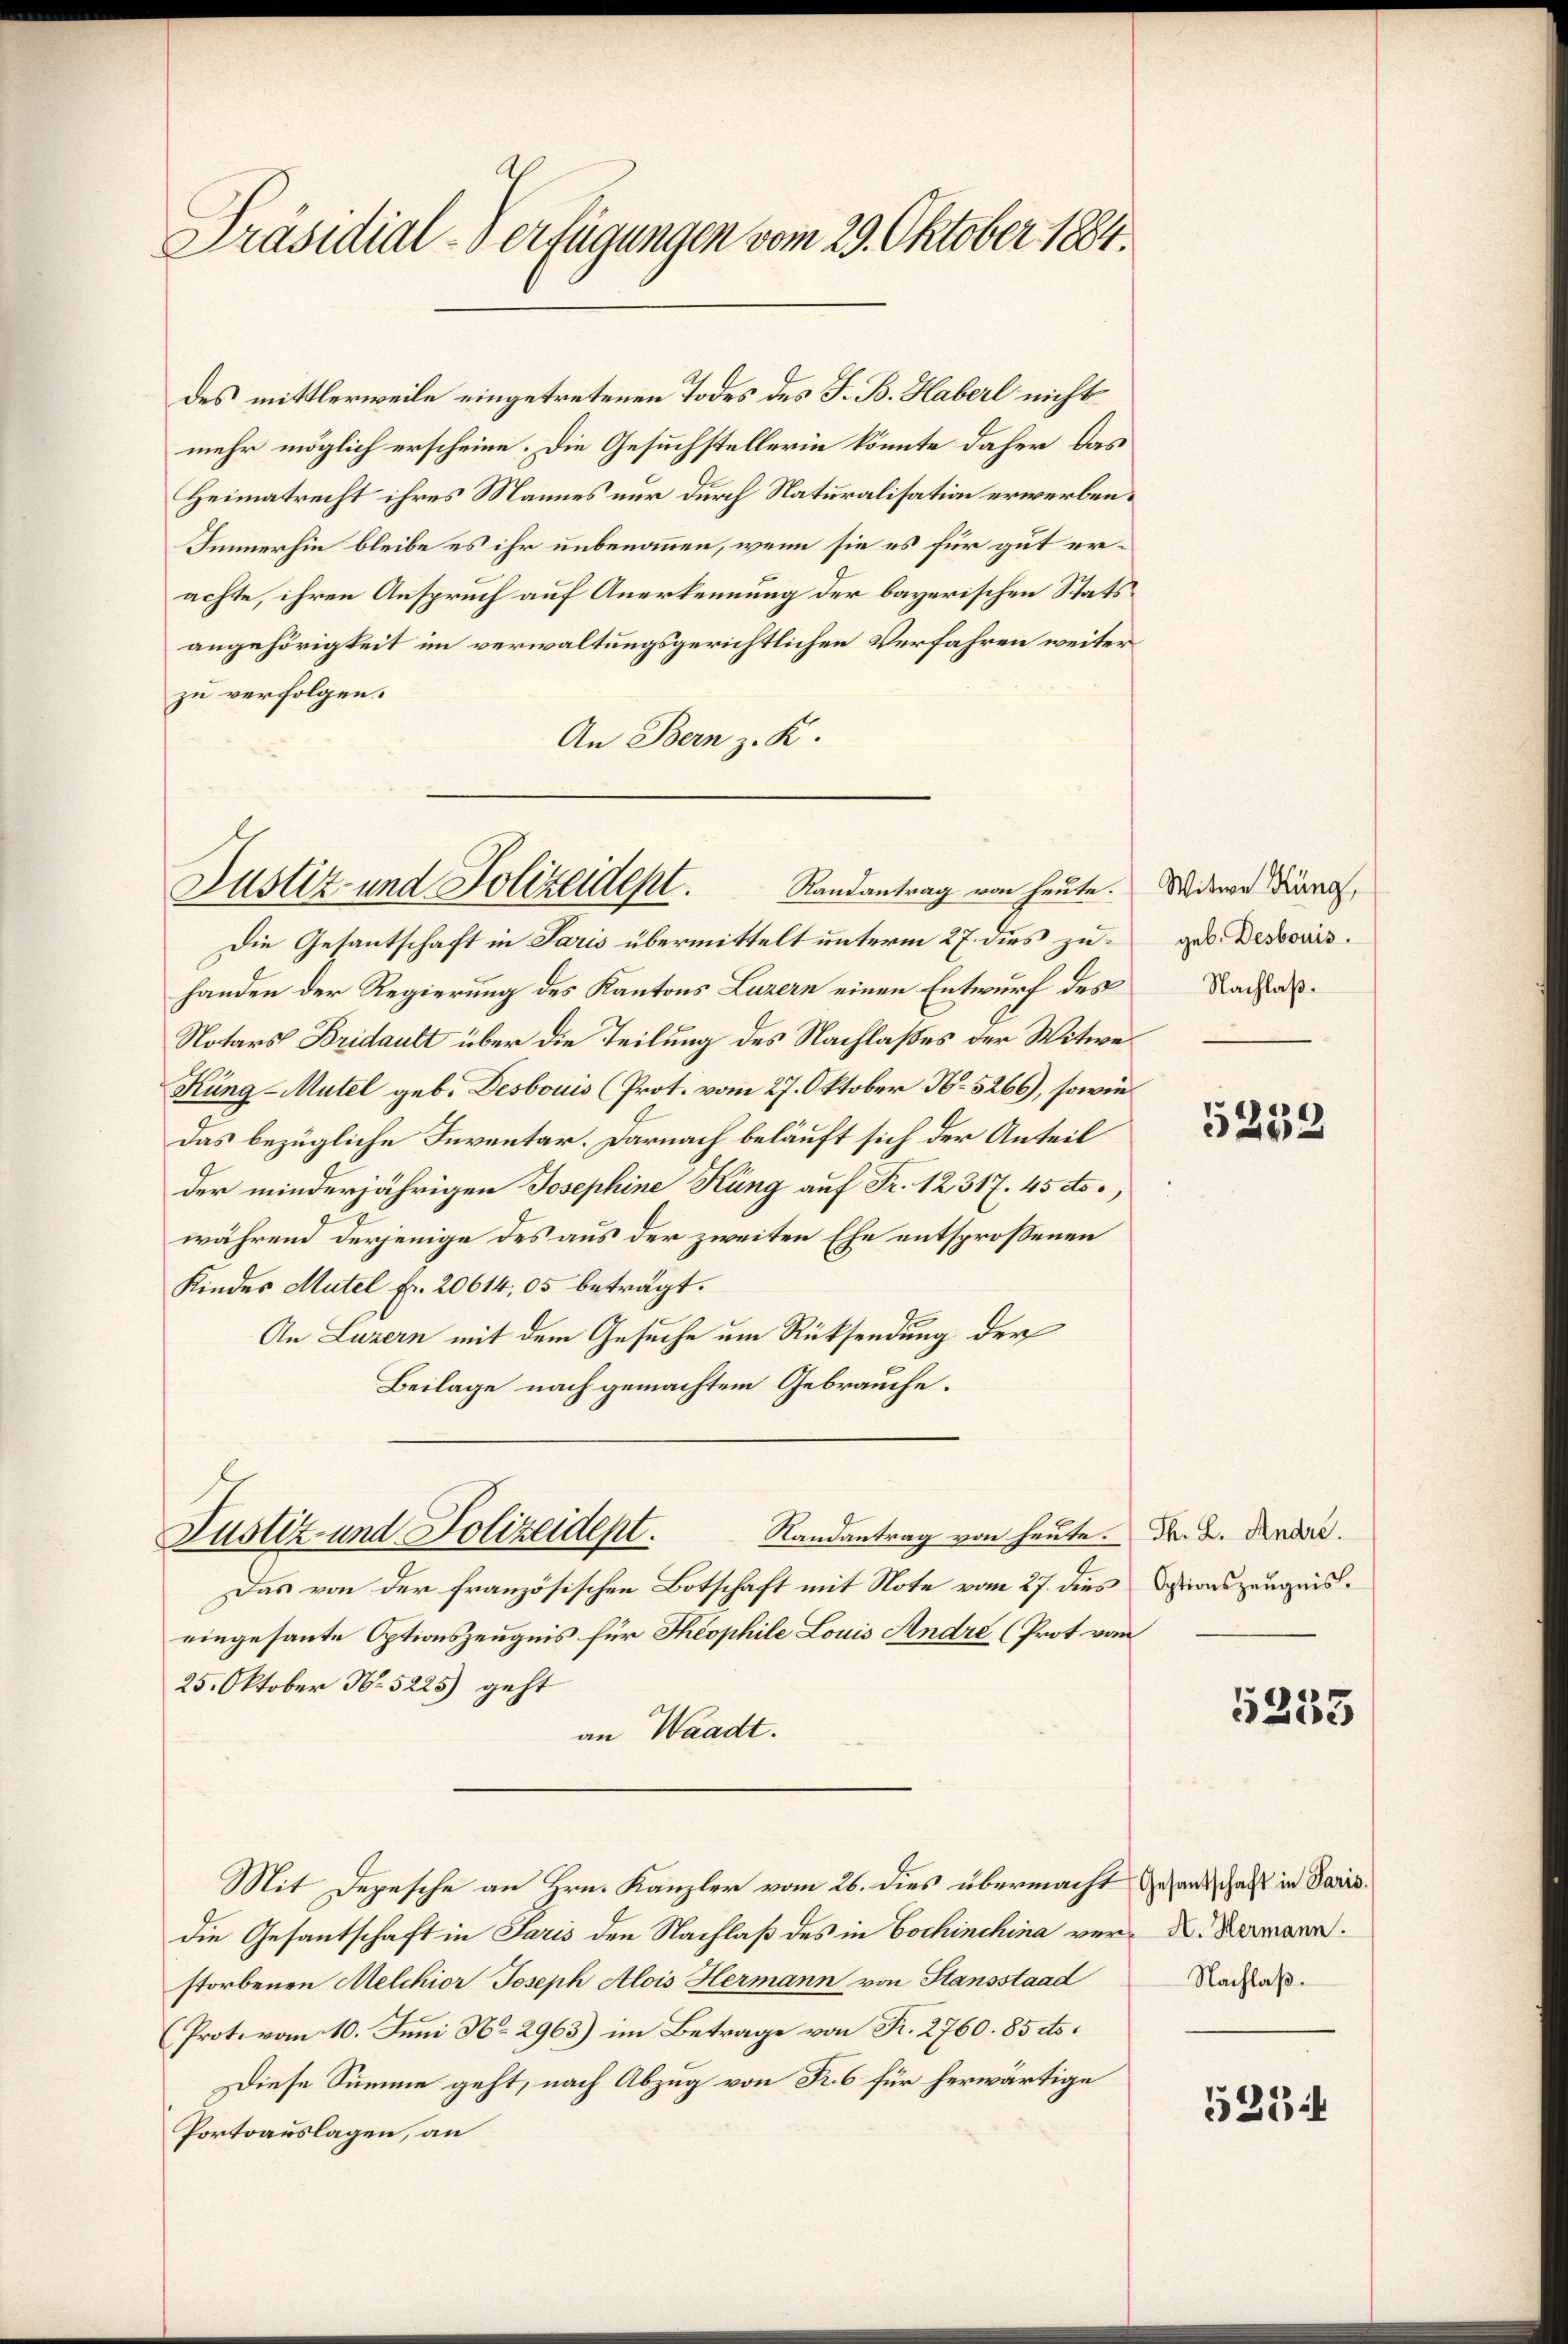
Präsidial-Verfügungen vom 29. Oktober 1884.

des mittlerweile eingetretenen Todes des J. B. Haberl nicht
mehr möglich erscheine. Die Gesuchstellerin könnte daher, das
Heimatrecht ihres Mannes nur durch Naturalisation erwerben.
Immerhin bleibe es ihr unbenommen, wenn sie es für gut erachte, ihren Anspruch auf Anerkennung der bayerischen Statsangehörigkeit im verwaltungsgerichtlichen Verfahren weiter
zu verfolgen.
An Bern z. K.

Randantrag von heute.
Justiz- und Polizeidept.

Justiz- und Polizeidept.

Die Gesantschaft in Paris übermittelt unterm 27. dies zuhanden der Regierung des Kantons Luzern einen Entwurf des
Notars Bridault über die Teilung des Nachlaßes der Witwe
Kung-Mutel geb. Desbouis (Prot. vom 27. Oktober No. 5266), sowie
Das bezügliche Inventar. Darnach beläuft sich der Anteil
der minderjährigen Josephine Küng auf Fr. 12,317. 45 cts.,
während derjenige des aus der zweiten Ehe entsprossenen
Kindes Mutel fr. 20614, 05 beträgt.
An Luzern mit dem Gesuche um Rücksendung der
Beilage nach gemachtem Gebrauche.
Randantrag von heute. Fr. 2. Andre.
Das von der französischen Botschaft mit Note vom 27. dies Dationszeugnis.
eingesante Optionszeugnis für Theophile Louis Andre (Prot vom
25. Oktober N. 5225) geht
an Waadt.
Mit Depesche an Hrn. Kanzler vom 26. dies übermacht gesandschaft in Paris
die Gesantschaft in Paris den Nachlaß des in Cochinchina ver- D. Kamann.
storbenen Melchior Joseph Alois Hermann von Stansstaad
(Prot. vom 10. Juni No 2963) im Betrage von Fr. 2760. 85 cts.
Diese Summe geht, nach Abzug von Fr. 6 für herwärtige
Portoauslagen, an

Witwe Küng,
geb. Desbouis.
Nachlaß.

5239

5233

Nachlaß.

523